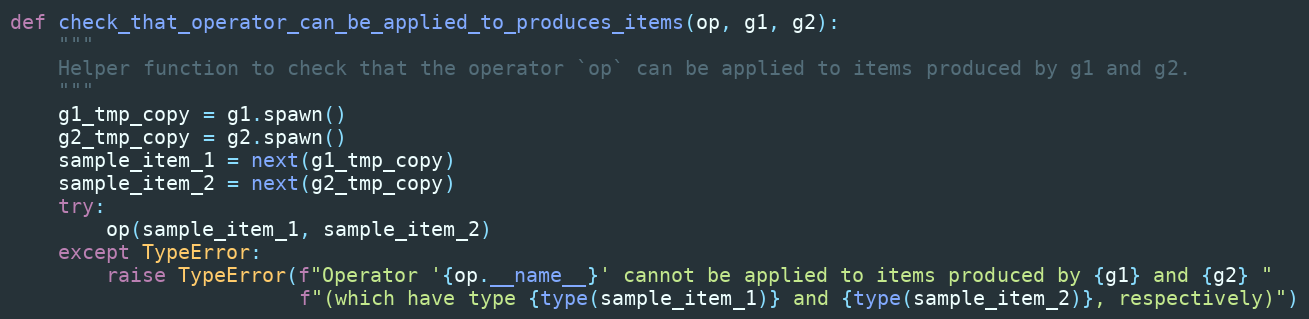
Language: Python
def check_that_operator_can_be_applied_to_produces_items(op, g1, g2):
    """
    Helper function to check that the operator `op` can be applied to items produced by g1 and g2.
    """
    g1_tmp_copy = g1.spawn()
    g2_tmp_copy = g2.spawn()
    sample_item_1 = next(g1_tmp_copy)
    sample_item_2 = next(g2_tmp_copy)
    try:
        op(sample_item_1, sample_item_2)
    except TypeError:
        raise TypeError(f"Operator '{op.__name__}' cannot be applied to items produced by {g1} and {g2} "
                        f"(which have type {type(sample_item_1)} and {type(sample_item_2)}, respectively)")